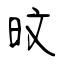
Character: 旼